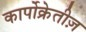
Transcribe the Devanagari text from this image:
कार्पोक्रेतीज़